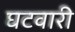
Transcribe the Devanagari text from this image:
घटवारी